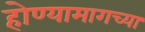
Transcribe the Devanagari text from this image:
होण्यामागच्या